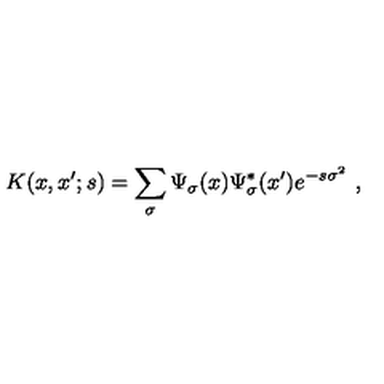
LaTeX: K ( x , x ^ { \prime } ; s ) = \sum _ { \sigma } \Psi _ { \sigma } ( x ) \Psi _ { \sigma } ^ { * } ( x ^ { \prime } ) e ^ { - s \sigma ^ { 2 } } \ ,